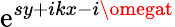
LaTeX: \mathrm{e}^{sy+ikx-i\omegat}